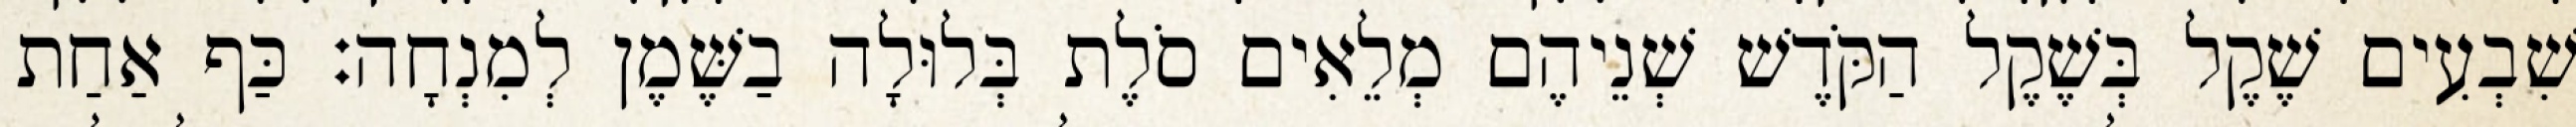
שִׁבְעִים שֶׁקֶל בְּשֶׁקֶל הַקֹּדֶשׁ שְׁנֵיהֶם מְלֵאִים סֹלֶת בְּלוּלָה בַשֶּׁמֶן לְמִנְחָה׃ כַּף אַחַת